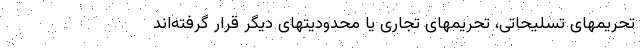
تحریمهای تسلیحاتی، تحریمهای تجاری یا محدودیتهای دیگر قرار گرفته‌اند